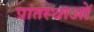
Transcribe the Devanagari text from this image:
प्रांतस्थाओं